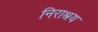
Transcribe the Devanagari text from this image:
निराश्रय